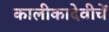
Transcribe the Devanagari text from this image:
कालीकादेवीचें